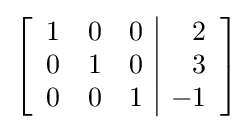
\left[{\begin{array}{rrr|r}1&0&0&2\\0&1&0&3\\0&0&1&-1\end{array}}\right]